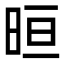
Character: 晅